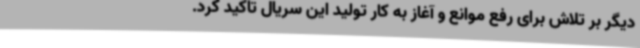
دیگر بر تلاش برای رفع موانع و آغاز به کار تولید این سریال تاکید کرد.